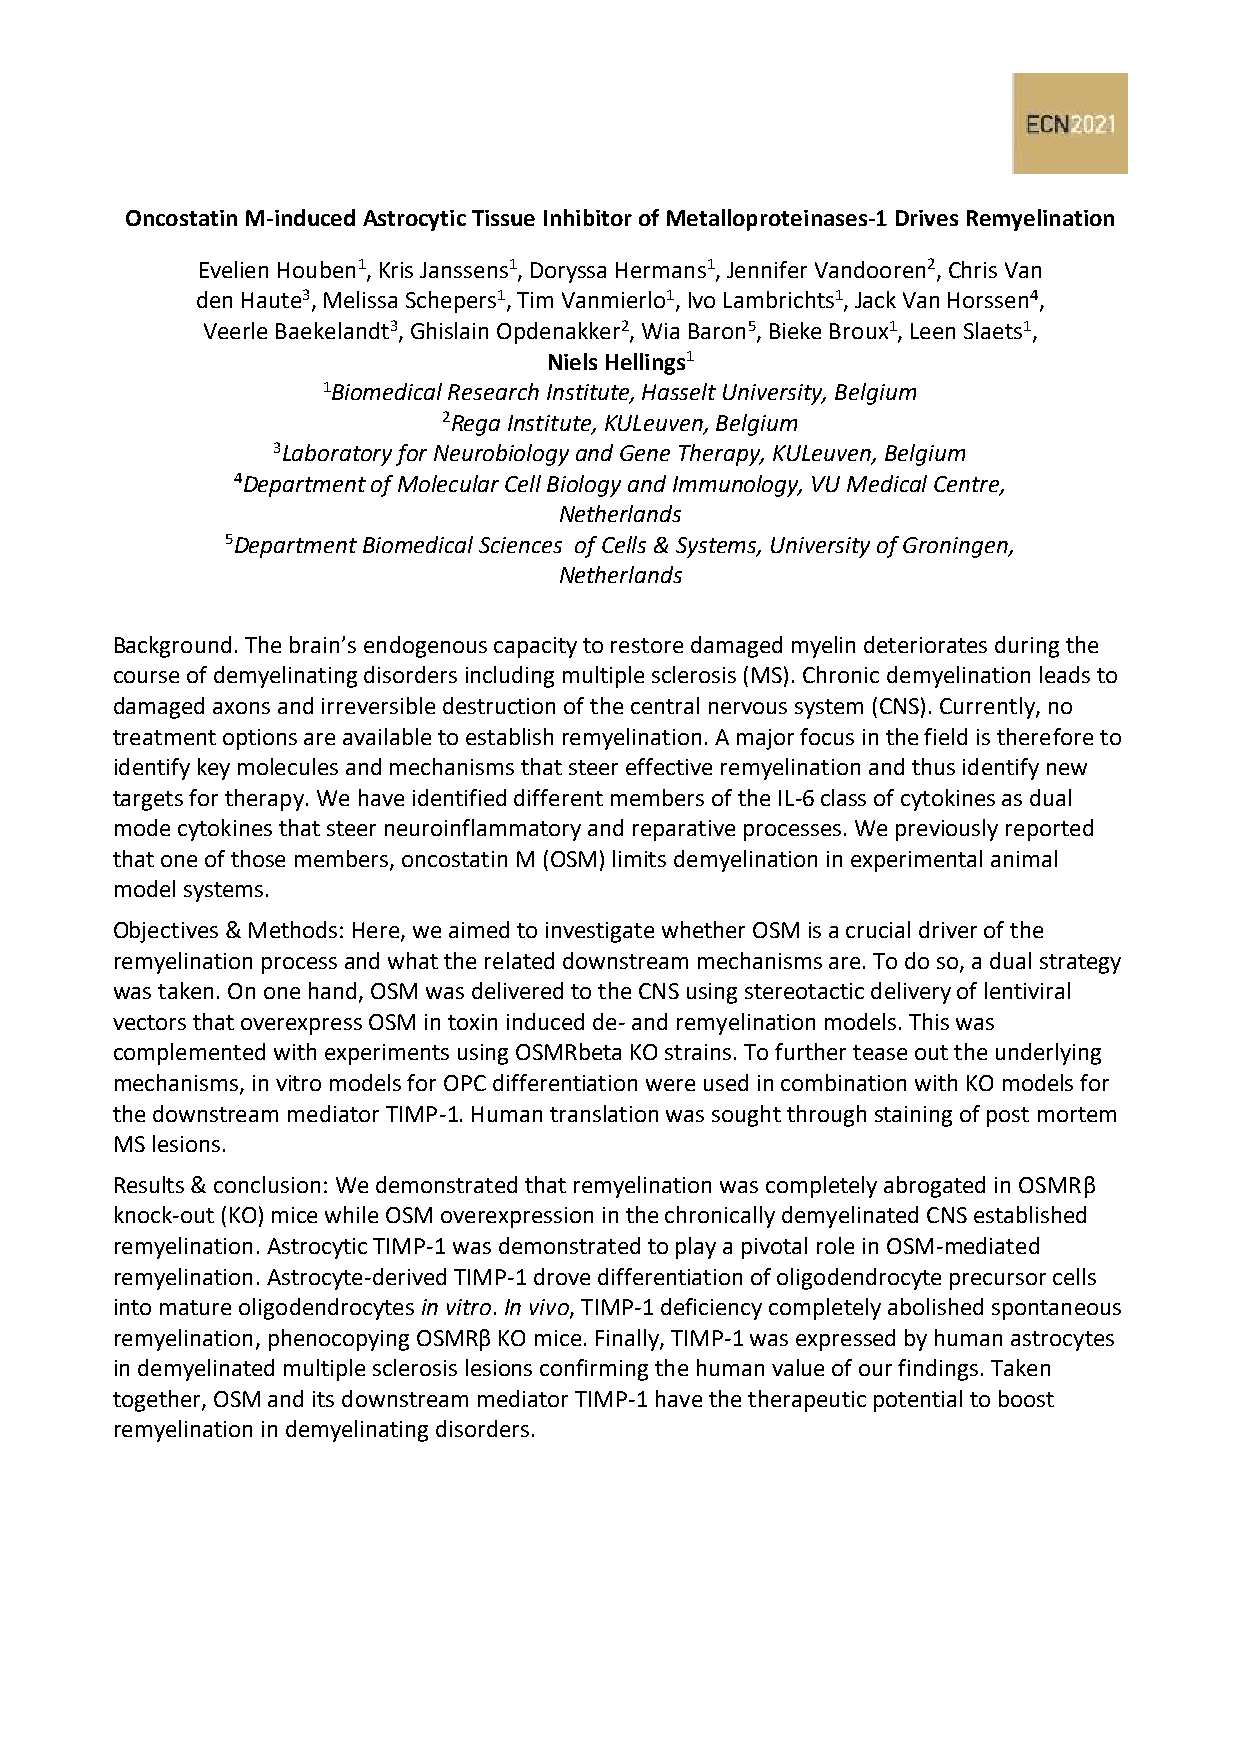
Oncostatin M-induced Astrocytic Tissue Inhibitor of Metalloproteinases-1 Drives Remyelination
 Evelien Houben1, Kris Janssens1, Doryssa Hermans1, Jennifer Vandooren2, Chris Van
 den Haute3, Melissa Schepers1, Tim Vanmierlo1, Ivo Lambrichts1, Jack Van Horssen4,
 Veerle Baekelandt3, Ghislain Opdenakker2, Wia Baron5, Bieke Broux1, Leen Slaets1,
 Niels Hellings1
 1Biomedical Research Institute, Hasselt University, Belgium
 2Rega Institute, KULeuven, Belgium
 3Laboratory for Neurobiology and Gene Therapy, KULeuven, Belgium
 4Department of Molecular Cell Biology and Immunology, VU Medical Centre,
 Netherlands
 5Department Biomedical Sciences of Cells & Systems, University of Groningen,
 Netherlands
 Background. The brain’s endogenous capacity to restore damaged myelin deteriorates during the
 course of demyelinating disorders including multiple sclerosis (MS). Chronic demyelination leads to
 damaged axons and irreversible destruction of the central nervous system (CNS). Currently, no
 treatment options are available to establish remyelination. A major focus in the field is therefore to
 identify key molecules and mechanisms that steer effective remyelination and thus identify new
 targets for therapy. We have identified different members of the IL-6 class of cytokines as dual
 mode cytokines that steer neuroinflammatory and reparative processes. We previously reported
 that one of those members, oncostatin M (OSM) limits demyelination in experimental animal
 model systems.
 Objectives & Methods: Here, we aimed to investigate whether OSM is a crucial driver of the
 remyelination process and what the related downstream mechanisms are. To do so, a dual strategy
 was taken. On one hand, OSM was delivered to the CNS using stereotactic delivery of lentiviral
 vectors that overexpress OSM in toxin induced de- and remyelination models. This was
 complemented with experiments using OSMRbeta KO strains. To further tease out the underlying
 mechanisms, in vitro models for OPC differentiation were used in combination with KO models for
 the downstream mediator TIMP-1. Human translation was sought through staining of post mortem
 MS lesions.
 Results & conclusion: We demonstrated that remyelination was completely abrogated in OSMRβ
 knock-out (KO) mice while OSM overexpression in the chronically demyelinated CNS established
 remyelination. Astrocytic TIMP-1 was demonstrated to play a pivotal role in OSM-mediated
 remyelination. Astrocyte-derived TIMP-1 drove differentiation of oligodendrocyte precursor cells
 into mature oligodendrocytes in vitro. In vivo, TIMP-1 deficiency completely abolished spontaneous
 remyelination, phenocopying OSMRβ KO mice. Finally, TIMP-1 was expressed by human astrocytes
 in demyelinated multiple sclerosis lesions confirming the human value of our findings. Taken
 together, OSM and its downstream mediator TIMP-1 have the therapeutic potential to boost
 remyelination in demyelinating disorders.